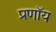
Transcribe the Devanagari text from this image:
प्रणॉय